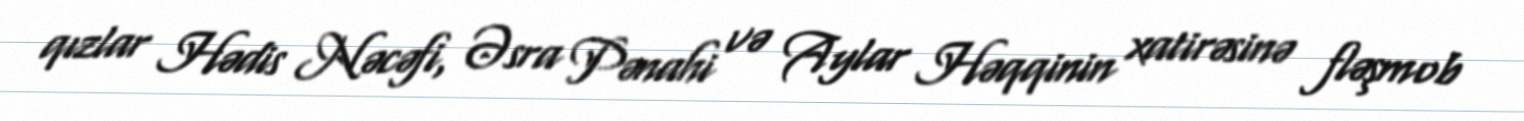
qızlar Hədis Nəcəfi, Əsra Pənahi və Aylar Həqqinin xatirəsinə fləşmob